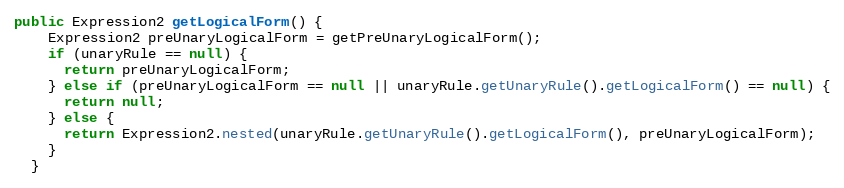
Language: Java
public Expression2 getLogicalForm() {
    Expression2 preUnaryLogicalForm = getPreUnaryLogicalForm();
    if (unaryRule == null) {
      return preUnaryLogicalForm;
    } else if (preUnaryLogicalForm == null || unaryRule.getUnaryRule().getLogicalForm() == null) {
      return null;
    } else {
      return Expression2.nested(unaryRule.getUnaryRule().getLogicalForm(), preUnaryLogicalForm);
    }
  }